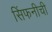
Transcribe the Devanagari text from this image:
सिंफनीची